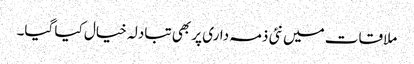
ملاقات میں نئی ذمہ داری پر بھی تبادلہ خیال کیا گیا۔